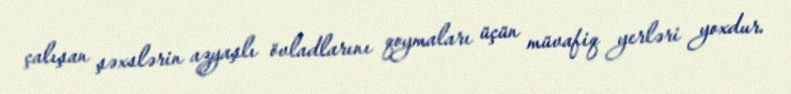
çalışan şəxslərin azyaşlı övladlarını qoymaları üçün müvafiq yerləri yoxdur.